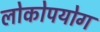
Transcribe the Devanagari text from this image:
लोकोपयोग